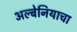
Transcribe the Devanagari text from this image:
अल्बेनियाचा